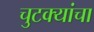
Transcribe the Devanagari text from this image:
चुटक्यांचा